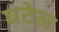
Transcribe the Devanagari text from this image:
घटेल